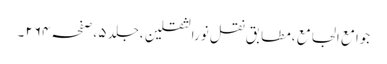
جوامع الجامع ،مطابق نقل نورالثقلین ،جلد ٥ ،صفحہ ٢٦٤ ۔